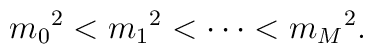
{m_0}^2 <             {m_1}^2 <                        \cdots <                                    {m_M}^2  .